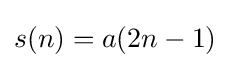
s(n)=a(2n-1)